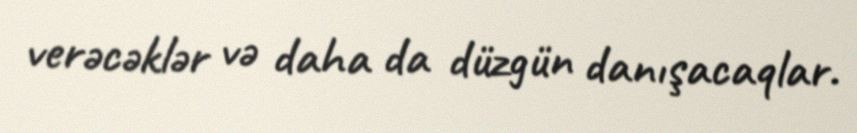
verəcəklər və daha da düzgün danışacaqlar.